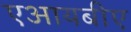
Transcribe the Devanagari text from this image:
एआयबीए